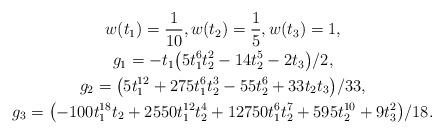
LaTeX: \begin{gather*}w(t_1)=\frac{1}{10},w(t_2)=\frac{1}{5},w(t_3)=1,\\g_1 = -t_1\big(5t_1^6t_2^2 - 14t_2^5 - 2t_3\big)/2,\\g_2 = \big(5t_1^{12} + 275t_1^6t_2^3 - 55t_2^6 + 33t_2t_3\big)/33, \\g_3 = \big({-}100t_1^{18}t_2 + 2550t_1^{12}t_2^4 + 12750t_1^6t_2^7 + 595t_2^{10} + 9t_3^2\big)/18.\end{gather*}